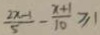
\frac { 2 x - 1 } { 5 } - \frac { x + 1 } { 1 0 } \geq 1